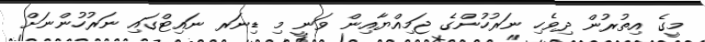
މީގެ އިތުރުން ދިވެހި ނަރުހުންގެ ޖަމިއްޔާއިން ވަނީ މި ޑިނަރ ނައިޓްގައި ނަރުހުންނަށް